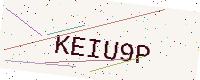
Text: KEIU9P